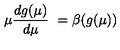
\mu \frac { d g ( \mu ) } { d \mu } \ = \beta ( g ( \mu ) )